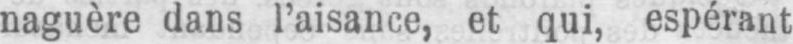
naguère dans l’aisance, et qui, espérant